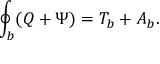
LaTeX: \oint _ { b } ( Q + \Psi ) = { \cal T } _ { b } + A _ { b } .